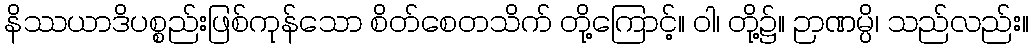
နိဿယာဒိပစ္စည်းဖြစ်ကုန်သော စိတ်စေတသိက် တို့ကြောင့်။ ဝါ၊ တို့၌။ ဉာဏမ္ပိ၊ သည်လည်း။